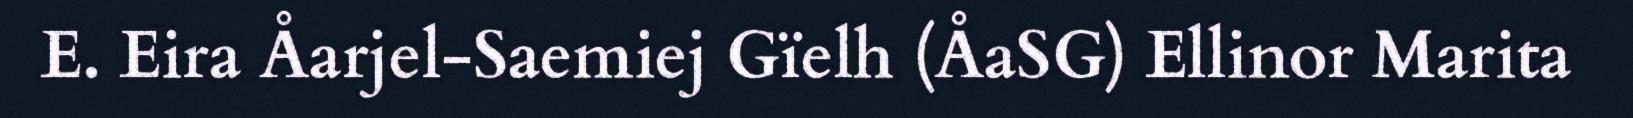
E. Eira Åarjel-Saemiej Gïelh (ÅaSG) Ellinor Marita